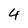
Character: 4